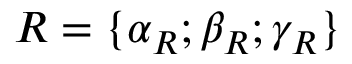
R = \{ \alpha _ { R } ; \beta _ { R } ; \gamma _ { R } \}